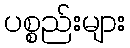
ပစ္စည်းများ